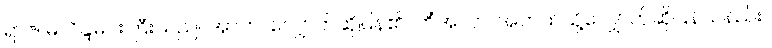
ရာဇ၊ မိလိန္ဒမင်းကြီးသည်။ အာဟ၊ လျှောက်ဆိုပြန်၏။ ကိံအာဟ၊ အဘယ်သို့လျှောက်ဆိုပြန်သနည်း။